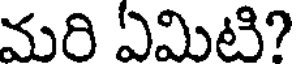
మరి ఏమిటి?